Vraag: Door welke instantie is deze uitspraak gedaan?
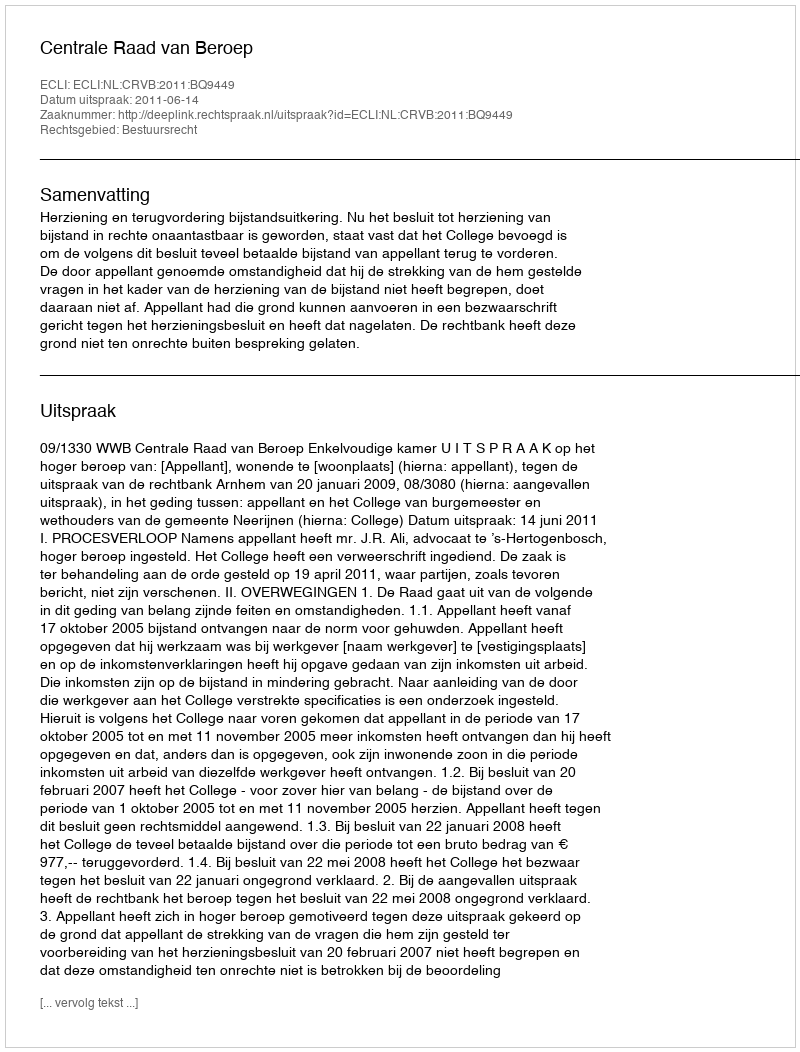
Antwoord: Centrale Raad van Beroep